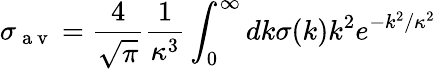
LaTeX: \sigma_{\mathrm{~a~v~}}=\frac{4}{\sqrt{\pi}}\frac{1}{\kappa^{3}}\int_{0}^{\infty}dk\sigma(k)k^{2}e^{-k^{2}/\kappa^{2}}